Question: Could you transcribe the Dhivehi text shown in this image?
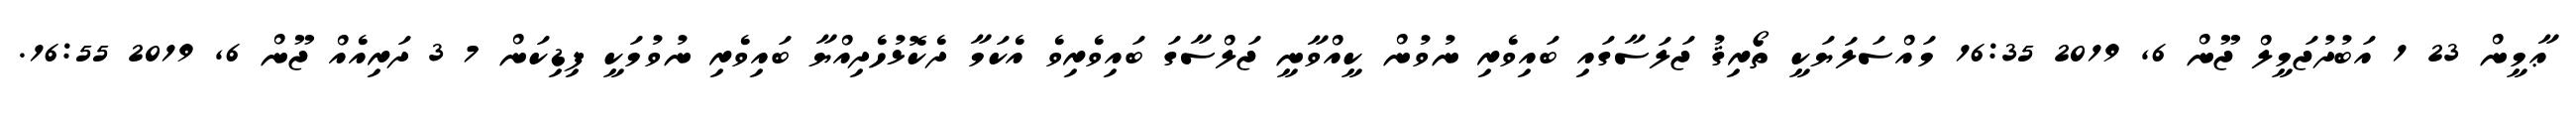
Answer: ޢާމީން 23 1 އަބުދުޖަމީލް ޖޫން 6, 2019 16:35 މައްސަލަޔަކީ ތޯރިޤު ޖަލަސާގައި ބައިވެރި ނުވުން ކީއްވާނީ ޖަލްސާގަ ބައިވެރިވެ އެކަމާ ދެކޮޅުހެދިއްޔާ ބައިވެރި ނުވުމަކީ ފިޑިކަން 7 3 ދަރިއެއް ޖޫން 6, 2019 16:55.